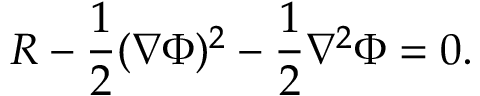
R - { \frac { 1 } { 2 } } ( \nabla \Phi ) ^ { 2 } - { \frac { 1 } { 2 } } \nabla ^ { 2 } \Phi = 0 .